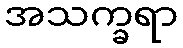
အသက္ခရာ